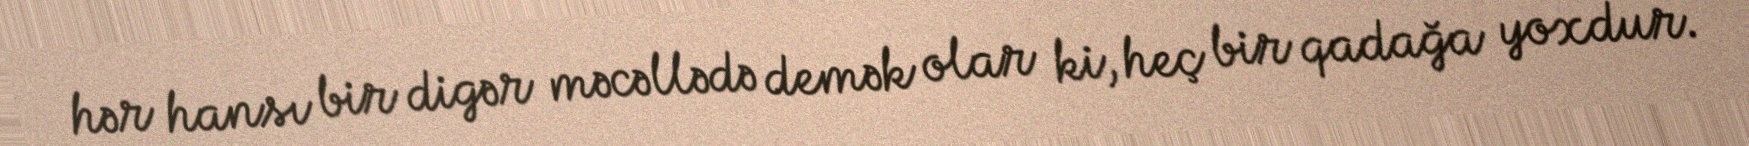
hər hansı bir digər məcəllədə demək olar ki, heç bir qadağa yoxdur.